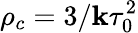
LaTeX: \rho_{c}=3/\mathbf{k}\tau_{0}^{2}